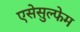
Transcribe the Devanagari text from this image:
एसेसुल्फेम